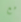
مع